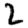
Digit: 2